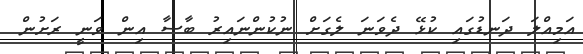
އަމިއްލަ ދަނޑުގައި ކުޅޭ ދެވަނަ ލެގަށް ނުކުންނައިރު ބާސާ އިން ވަނީ ރަށުން